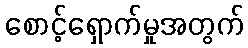
စောင့်ရှောက်မှုအတွက်